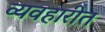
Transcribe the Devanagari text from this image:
व्यवहारीत